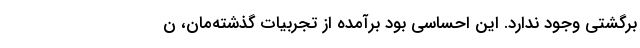
برگشتی وجود ندارد. این احساسی بود برآمده از تجربیات گذشته‌‌مان، ن